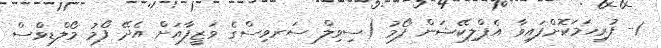
1- ފުރިހަމަކޮށްފައިވާ އެޕްލިކޭޝަން ފޯމު (ސިވިލް ސަރވިސްގެ ވަޒީފާއަށް އެދޭ ފޯމު މޯލްޑިވްސް